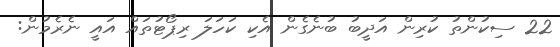
22 ސިކުންތު ކުރިން އަދީބު ބުނެގެން އެކި ކަހަލަ ރިޕޯޓުތައް އައީ ނެރެމުން: